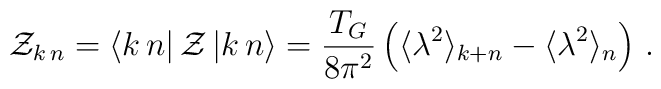
{\cal Z}_{k\,n}=\langle k\,n|\,{\cal Z}\,|k\,n\rangle=\frac{T_G}{8\pi^2}\left(\langle\lambda^2\rangle_{k+n}-\langle\lambda^2\rangle_n\right)\,.